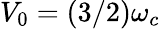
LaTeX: V_{0}=\left(3/2\right)\omega_{c}